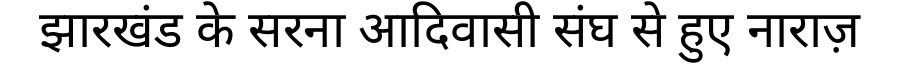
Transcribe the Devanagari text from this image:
झारखंड के सरना आदिवासी संघ से हुए नाराज़